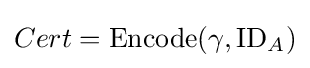
Cert={\textrm {Encode}}(\gamma ,{\textrm {ID}}_{A})